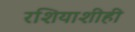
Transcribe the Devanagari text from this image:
रशियाशीही